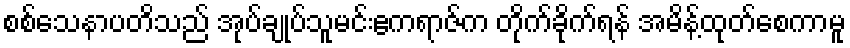
စစ်သေနာပတိသည် အုပ်ချုပ်သူမင်းဧကရာဇ်က တိုက်ခိုက်ရန် အမိန့်ထုတ်စေကာမူ